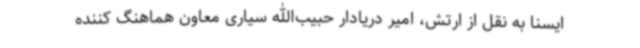
ایسنا به نقل از ارتش، امیر دریادار حبیب‌الله سیاری معاون هماهنگ کننده